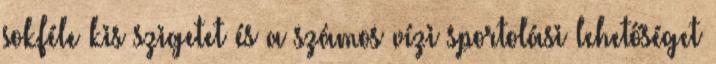
sokféle kis szigetet és a számos vízi sportolási lehetőséget